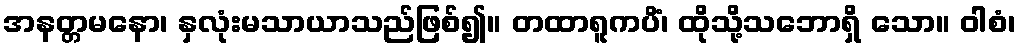
အနတ္တမနော၊ နှလုံးမသာယာသည်ဖြစ်၍။ တထာရူကပိံ၊ ထိုသို့သဘောရှိ သော။ ဝါစံ၊